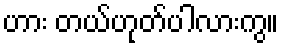
ဟား တယ်ဟုတ်ပါလားကွ။